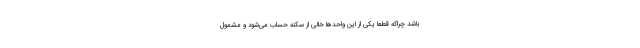
باشد چراکه قطعا یکی از این واحدها خالی از سکنه حساب می‌شود و مشمول